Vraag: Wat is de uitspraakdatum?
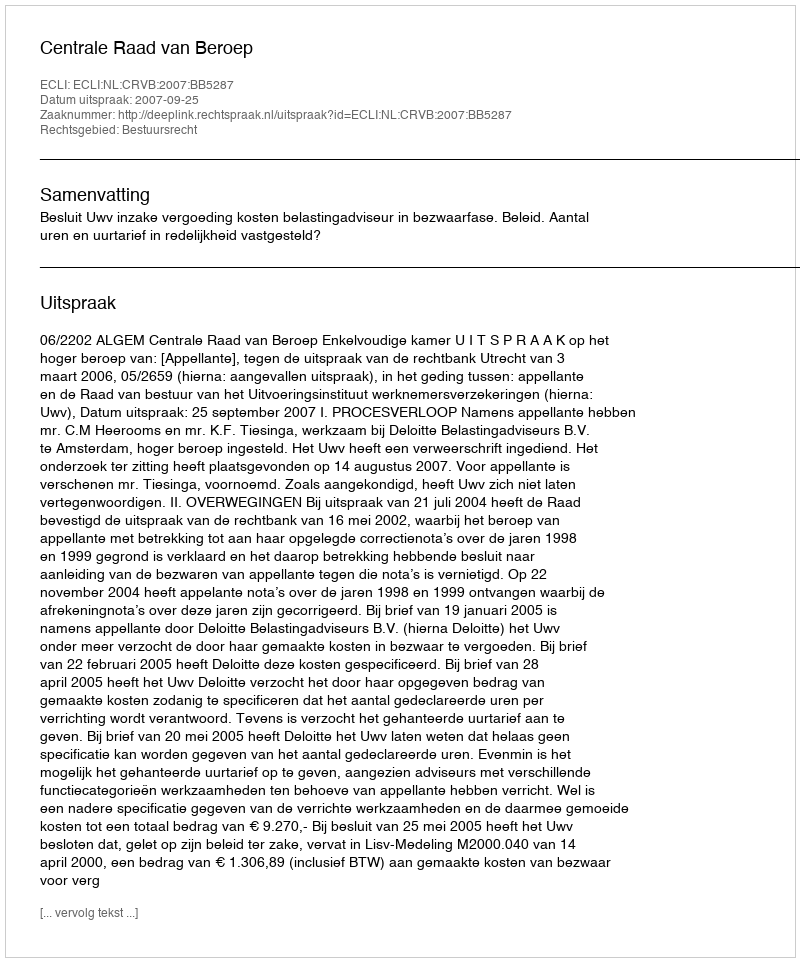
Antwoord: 2007-09-25